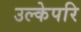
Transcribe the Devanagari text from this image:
उल्केपरि